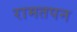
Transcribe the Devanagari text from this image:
रामतपन